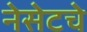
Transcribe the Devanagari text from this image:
नेसेटचे